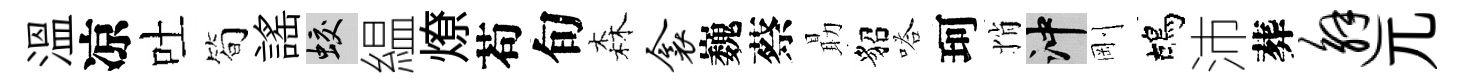
溫凉吐简謡蛟緼燎苟旬森衾巍蔡朂貂嗒珂悄冲剛鴣沛葬邂兀